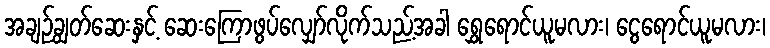
အချဉ်ချွတ်ဆေးနှင့် ဆေးကြောဖွပ်လျှော်လိုက်သည့်အခါ ရွှေရောင်ယူမလား၊ ငွေရောင်ယူမလား၊